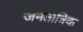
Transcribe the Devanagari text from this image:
जनतात्रिक